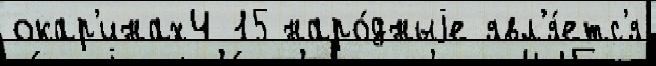
окар'инах4 15 наро́дныjе явл'я́етс'я